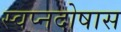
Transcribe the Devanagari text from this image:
स्वप्नदोषास